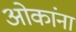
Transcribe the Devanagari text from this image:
ओकांना